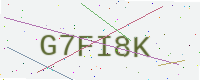
Text: G7FI8K